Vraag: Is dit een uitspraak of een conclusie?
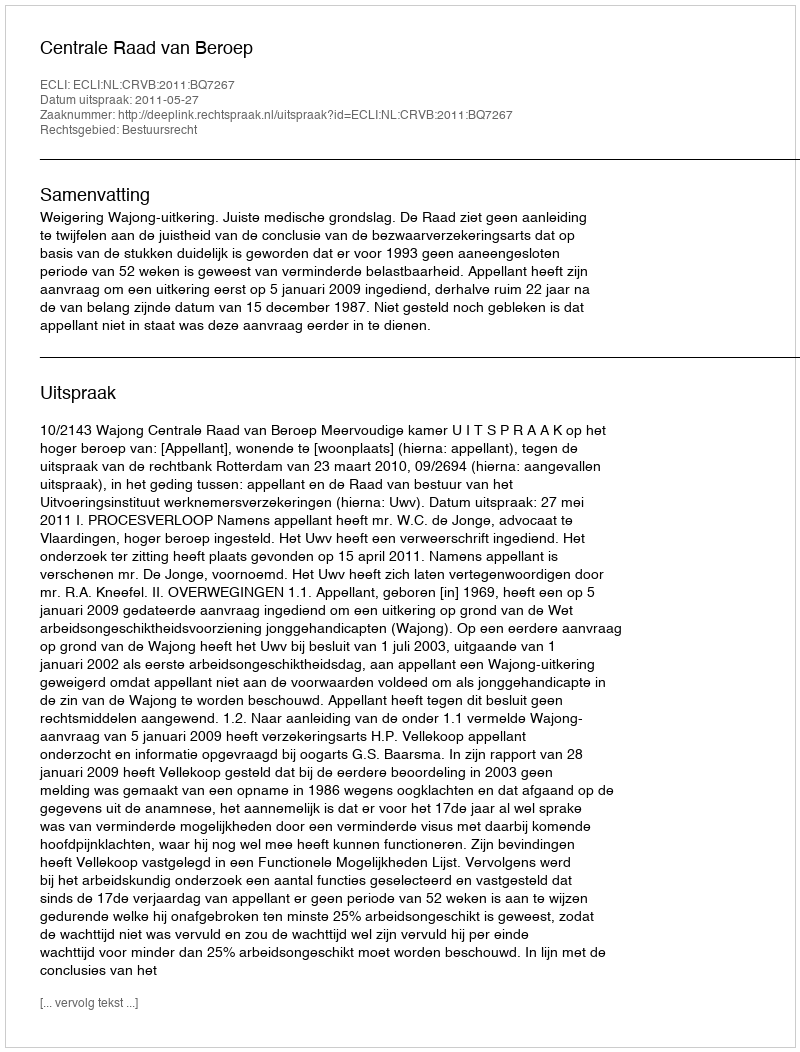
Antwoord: Uitspraak